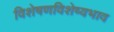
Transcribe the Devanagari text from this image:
विशेषणविशेष्यभाव